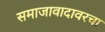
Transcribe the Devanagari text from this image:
समाजावादावरचा